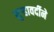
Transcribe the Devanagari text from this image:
सुर्‍हावर्दीने